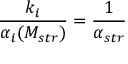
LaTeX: \frac { k _ { i } } { \alpha _ { i } ( M _ { s t r } ) } = { \frac { 1 } { \alpha _ { s t r } } }